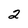
Character: 2